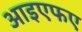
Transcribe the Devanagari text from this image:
आइएफए